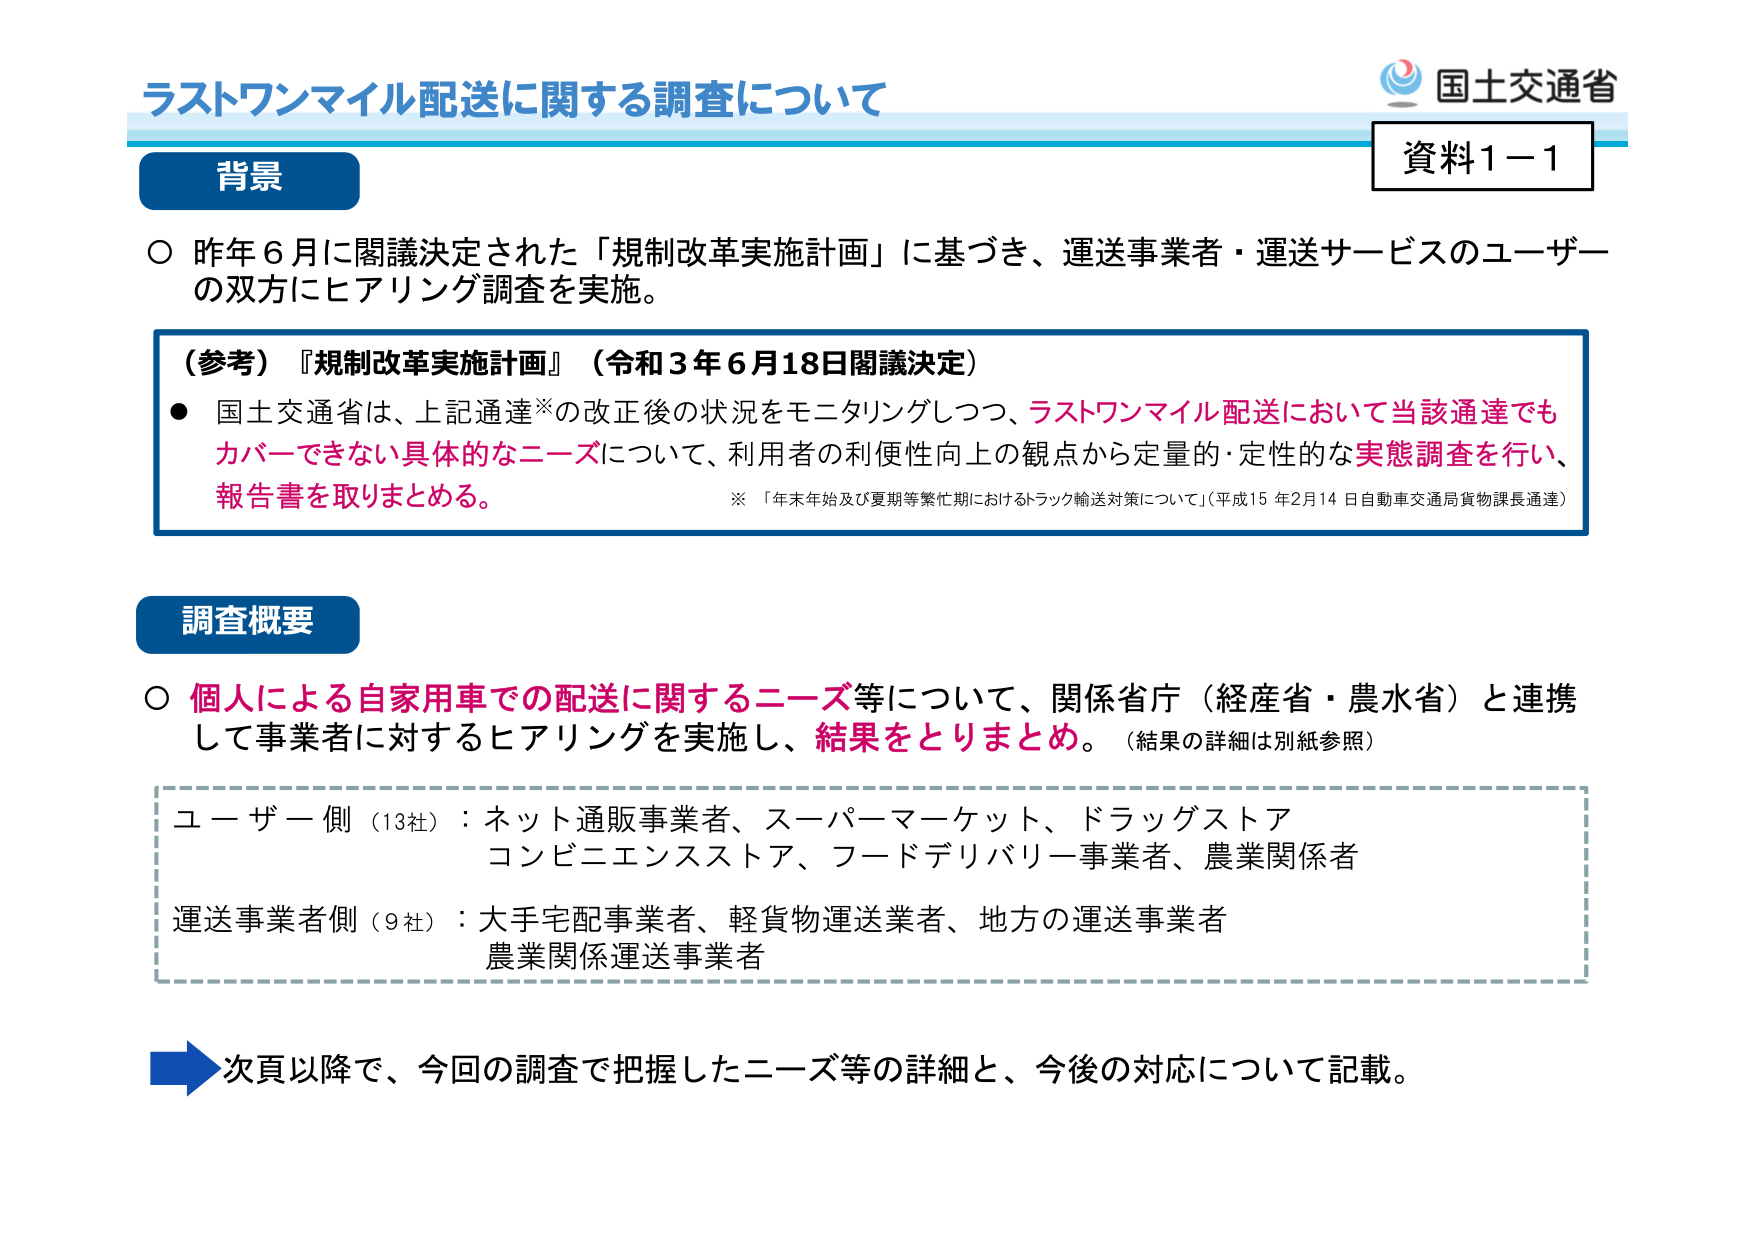
ラストワンマイル配送に関する調査について
資料1－1
国土交通省

背景
○ 昨年6月に閣議決定された「規制改革実施計画」に基づき、運送事業者・運送サービスのユーザーの双方にヒアリング調査を実施。

（参考）『規制改革実施計画』（令和3年6月18日閣議決定）
● 国土交通省は、上記通達※の改正後の状況をモニタリングしつつ、ラストワンマイル配送において当該通達でもカバーできない具体的なニーズについて、利用者の利便性向上の観点から定量的・定性的な実態調査を行い、報告書を取りまとめる。
※ 「年末年始及び夏期等繁忙期におけるトラック輸送対策について」（平成15年2月14日自動車交通局貨物課長通達）

調査概要
○ 個人による自家用車での配送に関するニーズ等について、関係省庁（経産省・農水省）と連携して事業者に対するヒアリングを実施し、結果をとりまとめ。（結果の詳細は別紙参照）

ユーザー側（13社）：ネット通販事業者、スーパーマーケット、ドラッグストア
コンビニエンスストア、フードデリバリー事業者、農業関係者

運送事業者側（9社）：大手宅配事業者、軽貨物運送業者、地方の運送事業者
農業関係運送事業者

→ 次頁以降で、今回の調査で把握したニーズ等の詳細と、今後の対応について記載。